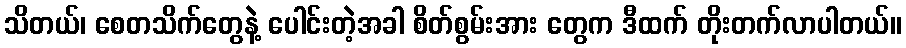
သိတယ်၊ စေတသိက်တွေနဲ့ ပေါင်းတဲ့အခါ စိတ်စွမ်းအား တွေက ဒီထက် တိုးတက်လာပါတယ်။